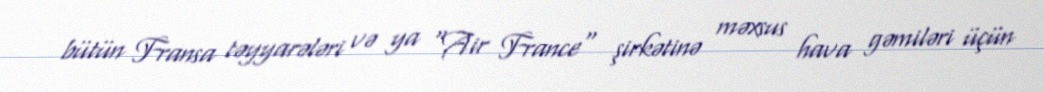
bütün Fransa təyyarələri və ya "Air France" şirkətinə məxsus hava gəmiləri üçün